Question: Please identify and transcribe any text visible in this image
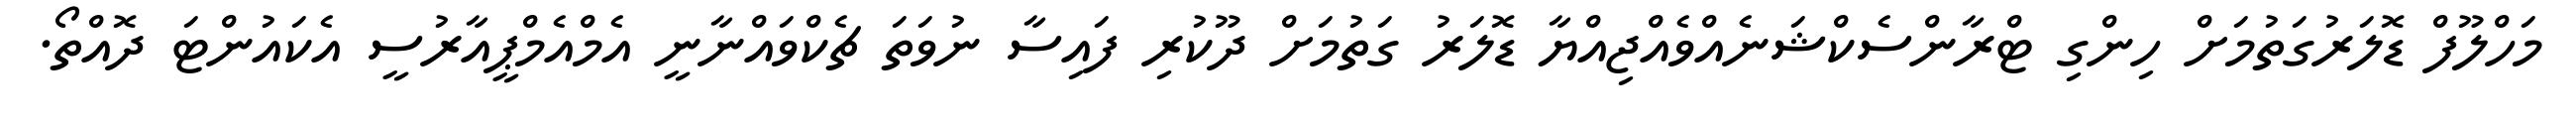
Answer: މަހްލޫފް ޑޮލަރުގަތުމަށް ހިންގި ޓްރާންސެކްޝަނެއްވެއްޖިއްޔާ ޑޮލަރު ގަތުމަށް ދޫކުރި ފައިސާ ނުވަތަ ޗެކްވައްނާނީ އެމްއެމްޕީއާރުސީ އެކައުންޓަ ދޮއްތޯ.